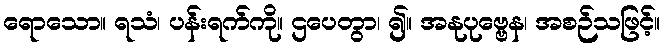
ရောသော။ ရသံ၊ ပန်းရက်ကို။ ဌပေတွာ၊ ၍။ အနုပုဗ္ဗေန၊ အစဉ်သဖြင့်။